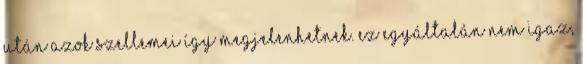
után azok szellemei így megjelenhetnek. Ez egyáltalán nem igaz,